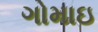
ગોમાઇ